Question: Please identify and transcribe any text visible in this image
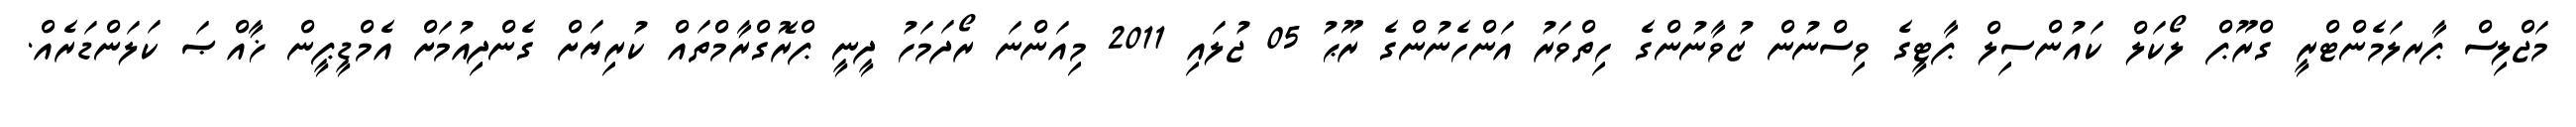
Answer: މަޖްލިސް ޕާރލަމެންޓްރީ ގްރޫޕް ލޯކަލް ކައުންސިލް ޕާޓީގެ ވިސްނުން ޒުވާނުންގެ ހިތްވަރު އަންހެނުންގެ ރޫޙު 05 ޖުލައި 2011 މިއަންނަ ރޯދަމަހު ދީނީ ޕްރޮގްރާމްތައް ކުރިޔަށް ގެންދިއުމަށް އެމްޑީޕީން ޚާއްޞަ ކަލަންޑަރެއް.